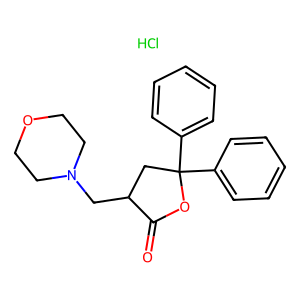
SMILES: Cl.O=C1OC(c2ccccc2)(c2ccccc2)CC1CN1CCOCC1
Inhibits HIV replication: No